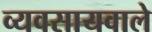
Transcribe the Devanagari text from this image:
व्यवसायवाले